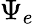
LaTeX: \Psi_{e}